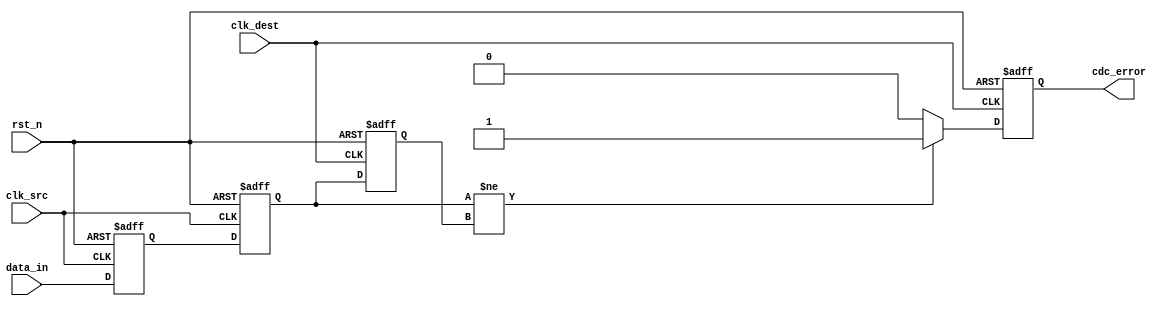
module cdc_detector #(
    parameter DATA_WIDTH = 1, // Width of the data input
    parameter ENABLE_ERROR_DETECTION = 1 // Enable/disable error detection
)(
    input wire [DATA_WIDTH-1:0] data_in, // Input data signal
    input wire clk_src, // Source clock
    input wire clk_dest, // Destination clock
    input wire rst_n, // Asynchronous reset (active low)
    output reg cdc_error // CDC error flag
);

    // Synchronizer registers
    reg [DATA_WIDTH-1:0] sync_ff1;
    reg [DATA_WIDTH-1:0] sync_ff2;

    // Edge detection registers
    reg [DATA_WIDTH-1:0] data_prev;

    // Dual Flip-Flop Synchronizer
    always @(posedge clk_src or negedge rst_n) begin
        if (!rst_n) begin
            sync_ff1 <= {DATA_WIDTH{1'b0}};
        end else begin
            sync_ff1 <= data_in;
        end
    end

    always @(posedge clk_src or negedge rst_n) begin
        if (!rst_n) begin
            sync_ff2 <= {DATA_WIDTH{1'b0}};
        end else begin
            sync_ff2 <= sync_ff1;
        end
    end

    // Error detection logic
    always @(posedge clk_dest or negedge rst_n) begin
        if (!rst_n) begin
            cdc_error <= 1'b0;
            data_prev <= {DATA_WIDTH{1'b0}};
        end else begin
            // Check for changes in the synchronized data
            if (ENABLE_ERROR_DETECTION) begin
                if (sync_ff2 != data_prev) begin
                    cdc_error <= 1'b1; // Error detected
                end else begin
                    cdc_error <= 1'b0; // No error
                end
            end
            // Update previous data
            data_prev <= sync_ff2;
        end
    end

endmodule